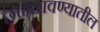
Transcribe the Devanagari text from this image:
छळछावण्यातील